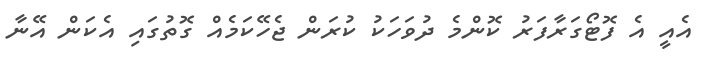
އެއީ އެ ފޮޓޯގަރާފަރު ކޮންމެ ދުވަހަކު ކުރަން ޖެހޭކަމެއް ގޮތުގައި އެކަން އޭނާ